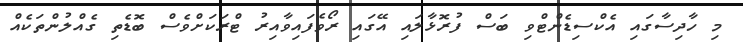
މި ހާދިސާގައި އެކްސިޑެންޓްވި ބަސް ފުރޮޅާލައި އޭގައި ރޯވެފައިވާއިރު ޓްރަކަށްވެސް ބޮޑެތި ގެއްލުންތަކެއް